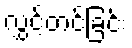
လွှင့်တင်ခြင်း